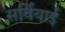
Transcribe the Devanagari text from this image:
सर्वियाई